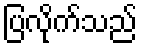
ပြလိုက်သည်